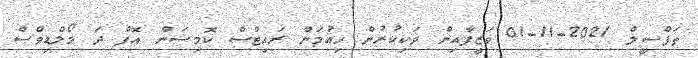
ތަފްސީލް 2021-11-01 ވަޒީފާއިން ވަކިކުރުން ހިއުމަން ރައިޓްސް ކޮމިޝަން އޮފް ދަ މޯލްޑިވްސް